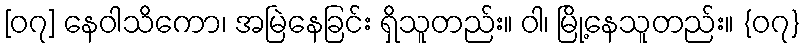
[၀၇] နေဝါသိကော၊ အမြဲနေခြင်း ရှိသူတည်း။ ဝါ၊ မြို့နေသူတည်း။ {၀၇}